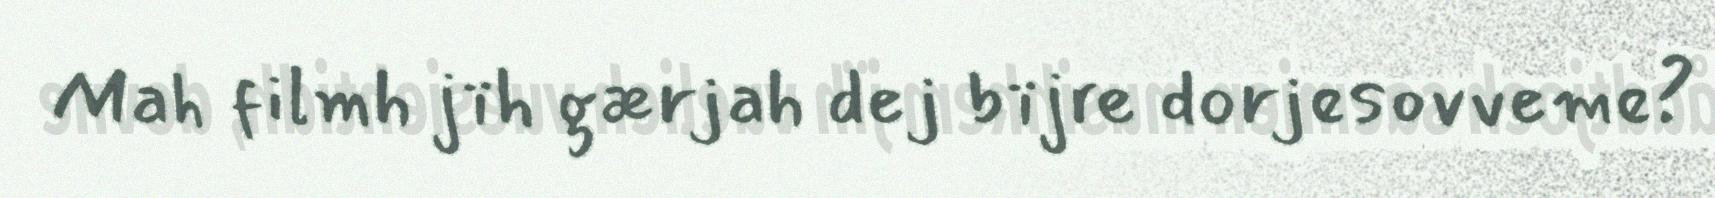
Mah filmh jïh gærjah dej bïjre dorjesovveme?